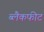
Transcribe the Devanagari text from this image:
ब्लैकफीट